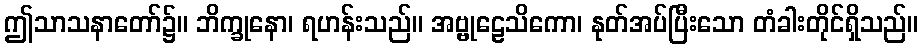
ဤသာသနာတော်၌။ ဘိက္ခုနော၊ ရဟန်းသည်။ အဗ္ဗုဠေသိကော၊ နုတ်အပ်ပြီးသော တံခါးတိုင်ရှိသည်။